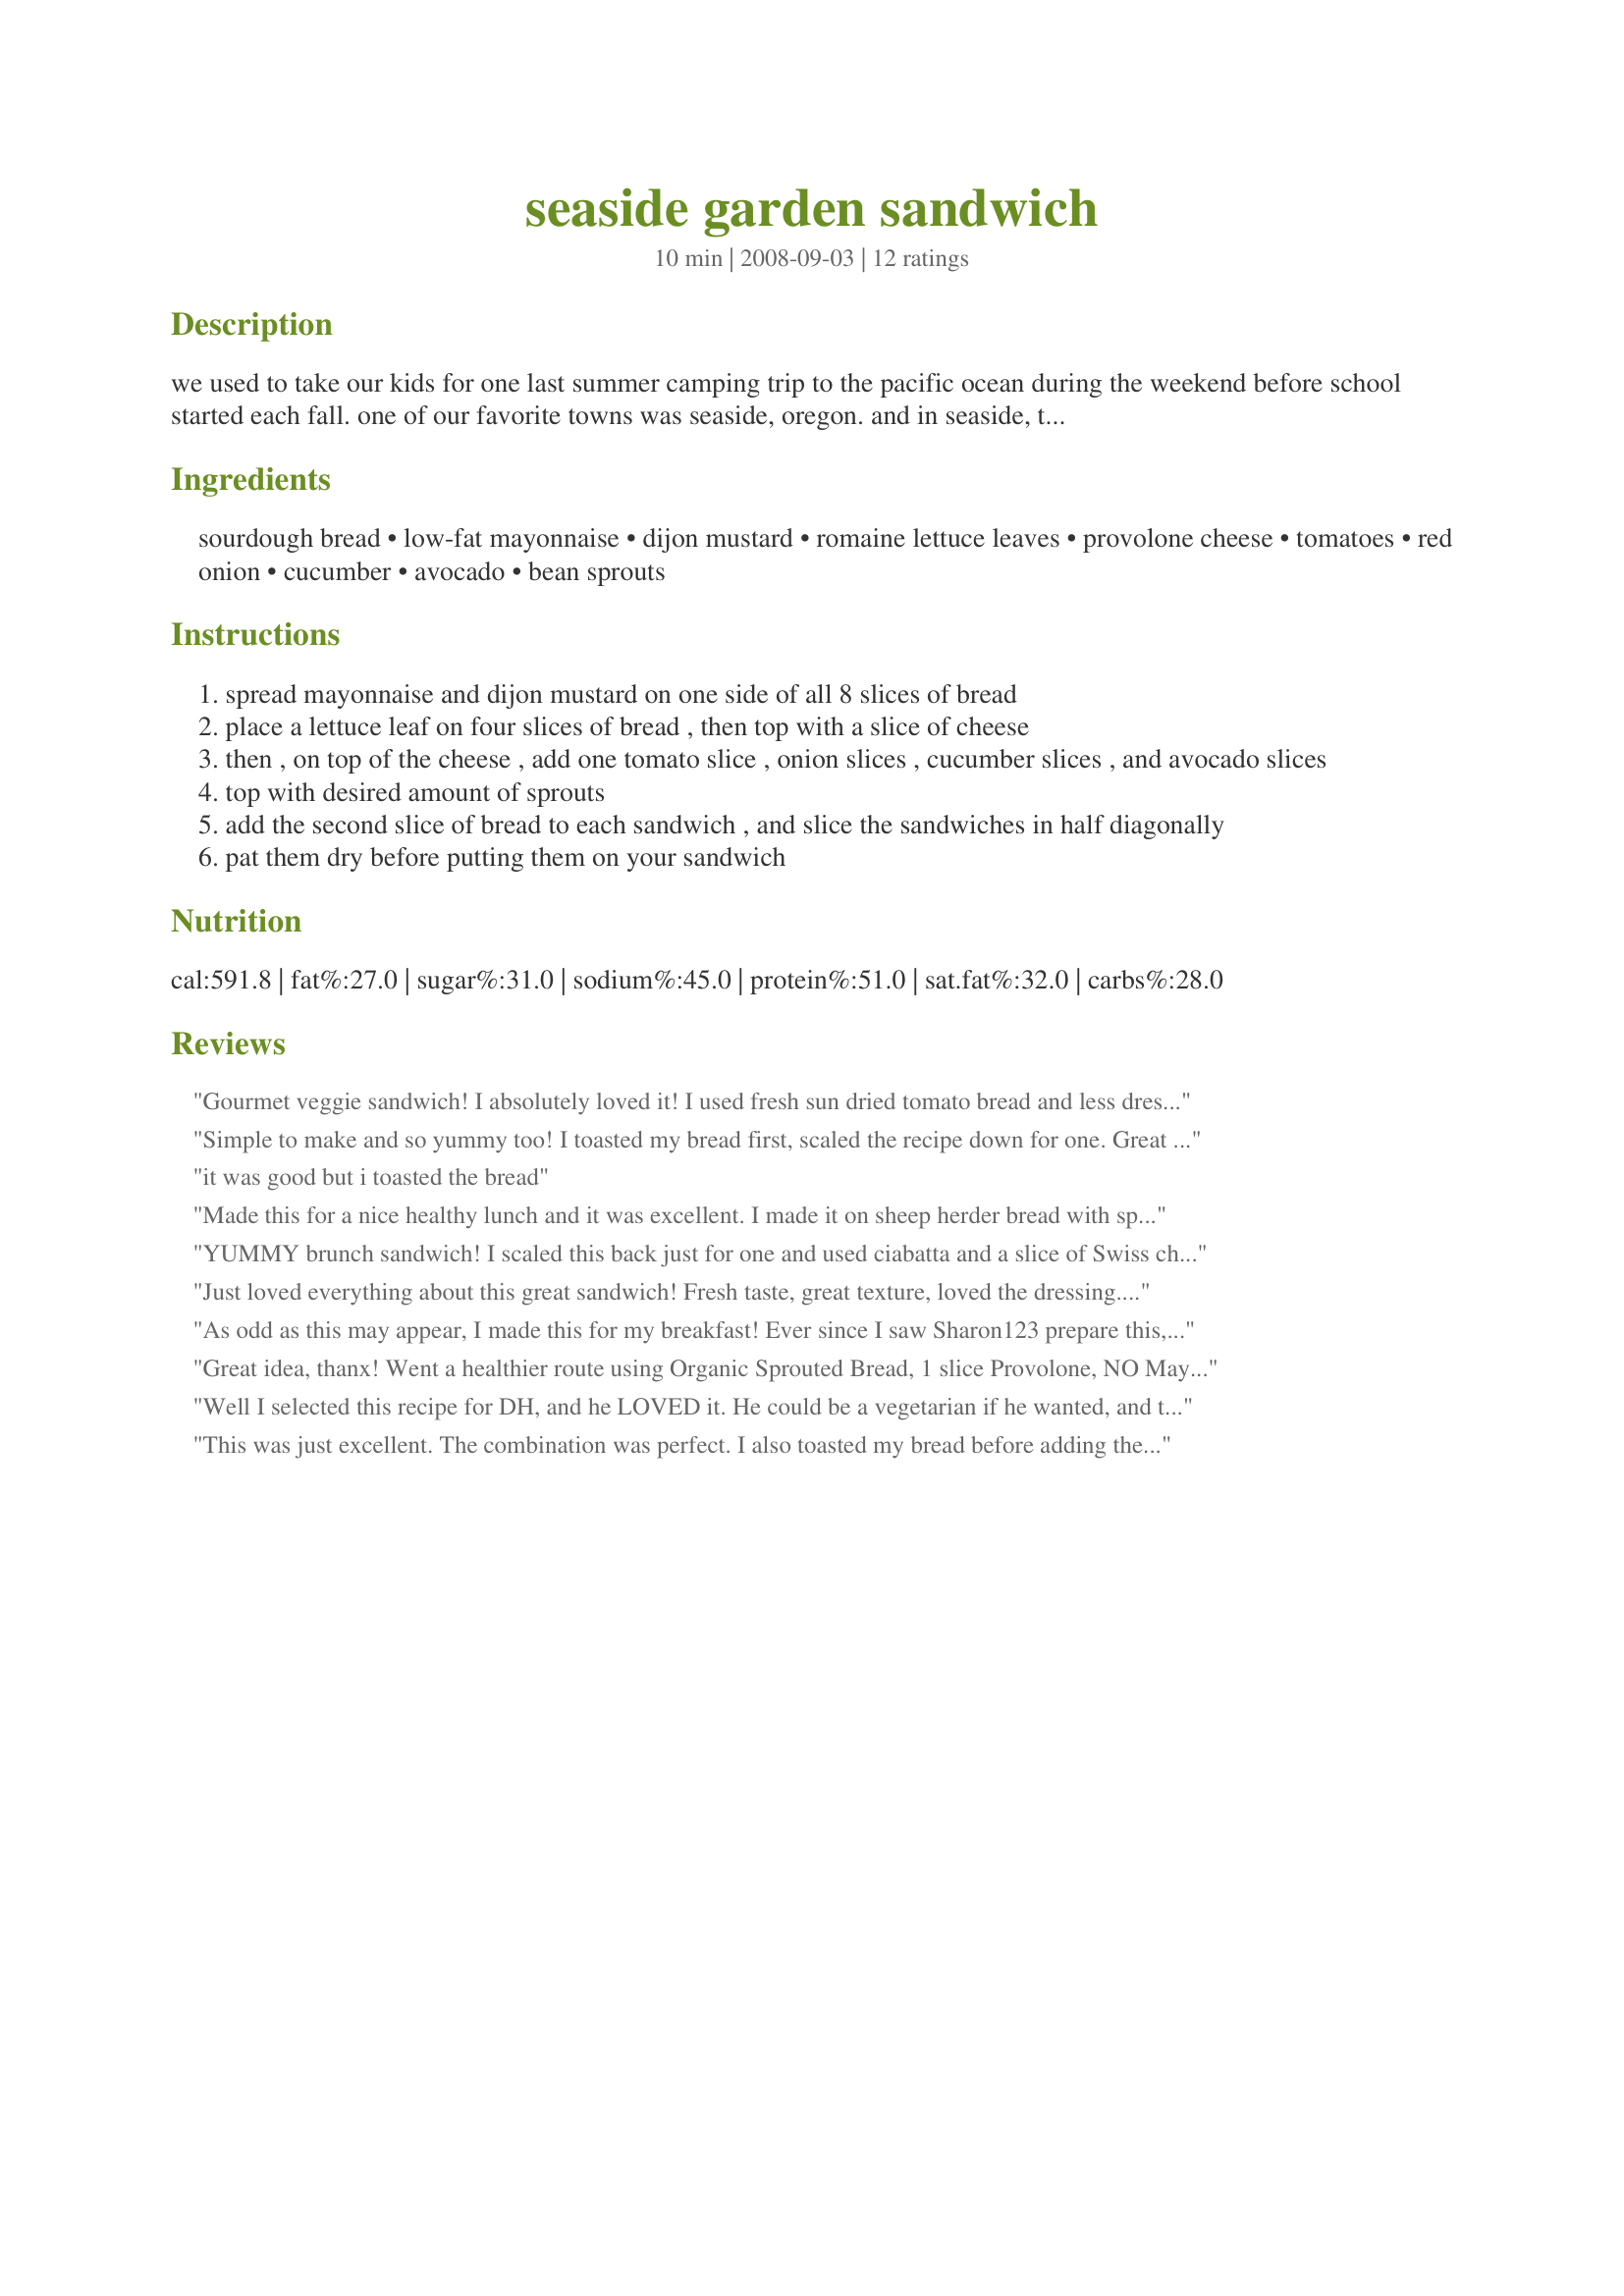
seaside garden sandwich
Preparation time: 10 minutes

we used to take our kids for one last summer camping trip to the pacific ocean during the weekend before school started each fall. one of our favorite towns was seaside, oregon. and in seaside, there was (and maybe still is...i don't know as i haven't been back there in over 10 years) a great little family-owned deli that served the most scrumptous sandwiches and soups. my favorite sandwich was their garden sandwich. yum yum yum! i grabbed a take-out menu during one of our trips so that i could make the sandwich at home---no reason to wait another year to enjoy such a great sandwich!

Ingredients:
sourdough bread, low-fat mayonnaise, dijon mustard, romaine lettuce leaves, provolone cheese, tomatoes, red onion, cucumber, avocado, bean sprouts

Steps:
spread mayonnaise and dijon mustard on one side of all 8 slices of bread
place a lettuce leaf on four slices of bread , then top with a slice of cheese
then , on top of the cheese , add one tomato slice , onion slices , cucumber slices , and avocado slices
top with desired amount of sprouts
add the second slice of bread to each sandwich , and slice the sandwiches in half diagonally
pat them dry before putting them on your sandwich

Reviews:
Gourmet veggie sandwich! I absolutely loved it! I used fresh sun dried tomato bread and less dressing than called for. Since I also prefer alfalfa sprouts, used them too. Planning on going home today at lunch and making this one again - sooo good!!
Simple to make and so yummy too! I toasted my bread first, scaled the recipe down for one. Great mix of veggies! Thanks!
it was good but i toasted the bread
Made this for a nice healthy lunch and it was excellent. I made it on sheep herder bread with sprouts and no onions. I ate 1/2 as is and put a little tuna salad on the other 1/2; both ways were great. Will be making this again. Made for Zaar Stars.
YUMMY brunch sandwich! I scaled this back just for one and used ciabatta and a slice of Swiss cheese (it's what I had on hand) and added some freshly ground black pepper and sea salt on the tomato and cucumber layers and a few drops of lemon juice on the avocado layer. Totally delicious! :) I also prefer alfalfa sprouts, so that's what I used. I'll certainly be making this again, NorthwestGal. Thank you so much for sharing this yummy sandwich recipe. I followed Andi's suggestion and let it sit for 10 minutes: not easy! But I'm sure it made it just that bit more delicious, if only because the waiting made me hungrier! ;) Made for PRMR.
Just loved everything about this great sandwich! Fresh taste, great texture, loved the dressing. The sprouts at my grocer looked a little puny so I skipped those and just added another layer of lettuce. I don&#039;t care for raw onion so left that out. Served on homemade bread and really enjoyed - thanks for sharing the recipe! Made for the Best of 2013 event, recommended by AZPARZYCH
As odd as this may appear, I made this for my breakfast! Ever since I saw Sharon123 prepare this, I knew I had to make this, and devour it soon :) This is a very simple, healthy sandwich to put together, and each member of the recipe stands on it's own, but the total taste is net, *wonderful* .....the only change I made was use "French"s Mustard* instead of dijon, (a personal preference here) and I let the whole sandwich sit for about 10 minutes to let all the tastes combine for a bit. This is a must try, and you can't go wrong with every element of this great sandwich. Thank you NorthwestGal! Made for *Tic Tac Toe* Fall 2008
Great idea, thanx! Went a healthier route using Organic Sprouted Bread, 1 slice Provolone, NO Mayo or Mustard and NO Red Onion. We chose Alfalfa Sprouts AND Romaine Lettuce and English Cucumber as well. Kale or Spinach w/b great w/this as well!
Well I selected this recipe for DH, and he LOVED it. He could be a vegetarian if he wanted, and this sandwich made him very happy. I used alfalfa sprouts too! A keeper for those hot summer night light dinners! Thanks NorthwestGal! Made for PRMR April 2009!
This was just excellent. The combination was perfect. I also toasted my bread before adding the layers. Used just a little salt and pepper and left out the cucumber, but other than that made as written. Thanks for sharing. Made for Please Review My Recipe tag game. :)
I toasted my bread, left off the tomato and bean sprouts (we don't like them) and added a sprinkle of dill and oregano to the mayo/mustard. This was a yummy (and light) dinner last night with some baked chips! I did add some turkey to DH's per his request. I had mine straight veggie though and I really look forward to having this in the summertime! Thanks for posting --this will definitely become a staple sandwhich in our household! [Made for Holiday Tag February 2010]
Get out of the way of a woman on a mission...as I can see you are by your story! Everyone gave this 10 stars.
